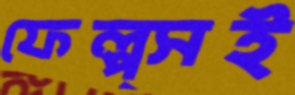
ফেল্প্সই